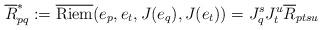
LaTeX: \begin{align*} \overline{R}^*_{pq}:=\overline{\operatorname{Riem}}(e_p,e_t,J(e_q),J(e_t))=J_q^sJ_t^u\overline{R}_{ptsu}\end{align*}